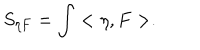
LaTeX: S _ { \eta F } = \int < \eta , F > .